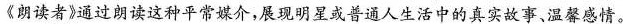
《朗读者》通过朗读这种平常媒介，展现明星或普通人生活中的真实故事、温馨感情。